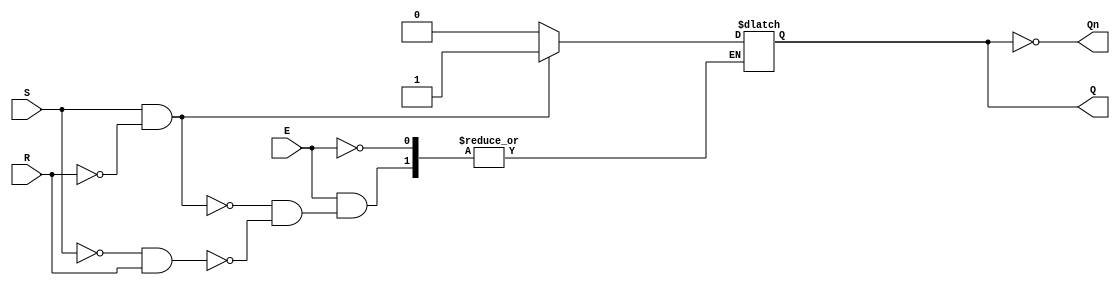
module GatedSRLatch (
    input wire S,      // Set input
    input wire R,      // Reset input
    input wire E,      // Enable input
    output reg Q,      // Output Q
    output wire Qn     // Complementary output Q'
);

// Complementary output
assign Qn = ~Q;

// Always block to implement the gated behavior
always @(E or S or R) begin
    if (E) begin
        if (S && !R) begin
            Q <= 1;    // Set state
        end else if (!S && R) begin
            Q <= 0;    // Reset state
        end
        // If S and R are both high, maintain the previous state
        // No action taken, Q remains unchanged
    end
    // If E is low, do nothing, Q retains its previous state
end

endmodule